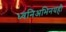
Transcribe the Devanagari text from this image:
ध्वनिअभिनयही